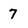
Character: 7